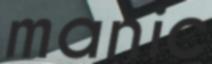
manic